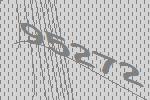
95272